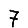
Digit: 7